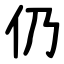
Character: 仍